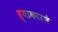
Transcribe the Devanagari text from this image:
ह्याकारणे